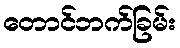
တောင်ဘက်ခြမ်း